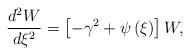
LaTeX: \begin{align*}\frac{d^{2}W}{d\xi^{2}}=\left[ {-\gamma^{2}+\psi\left( \xi\right) }\right]W, \end{align*}